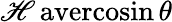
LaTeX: \operatorname{\mathscr{H}avercosin}\theta